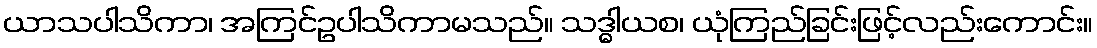
ယာသပါသိကာ၊ အကြင်ဥပါသိကာမသည်။ သဒ္ဓါယစ၊ ယုံကြည်ခြင်းဖြင့်လည်းကောင်း။